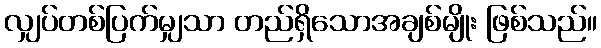
လျှပ်တစ်ပြက်မျှသာ တည်ရှိသောအချစ်မျိုး ဖြစ်သည်။